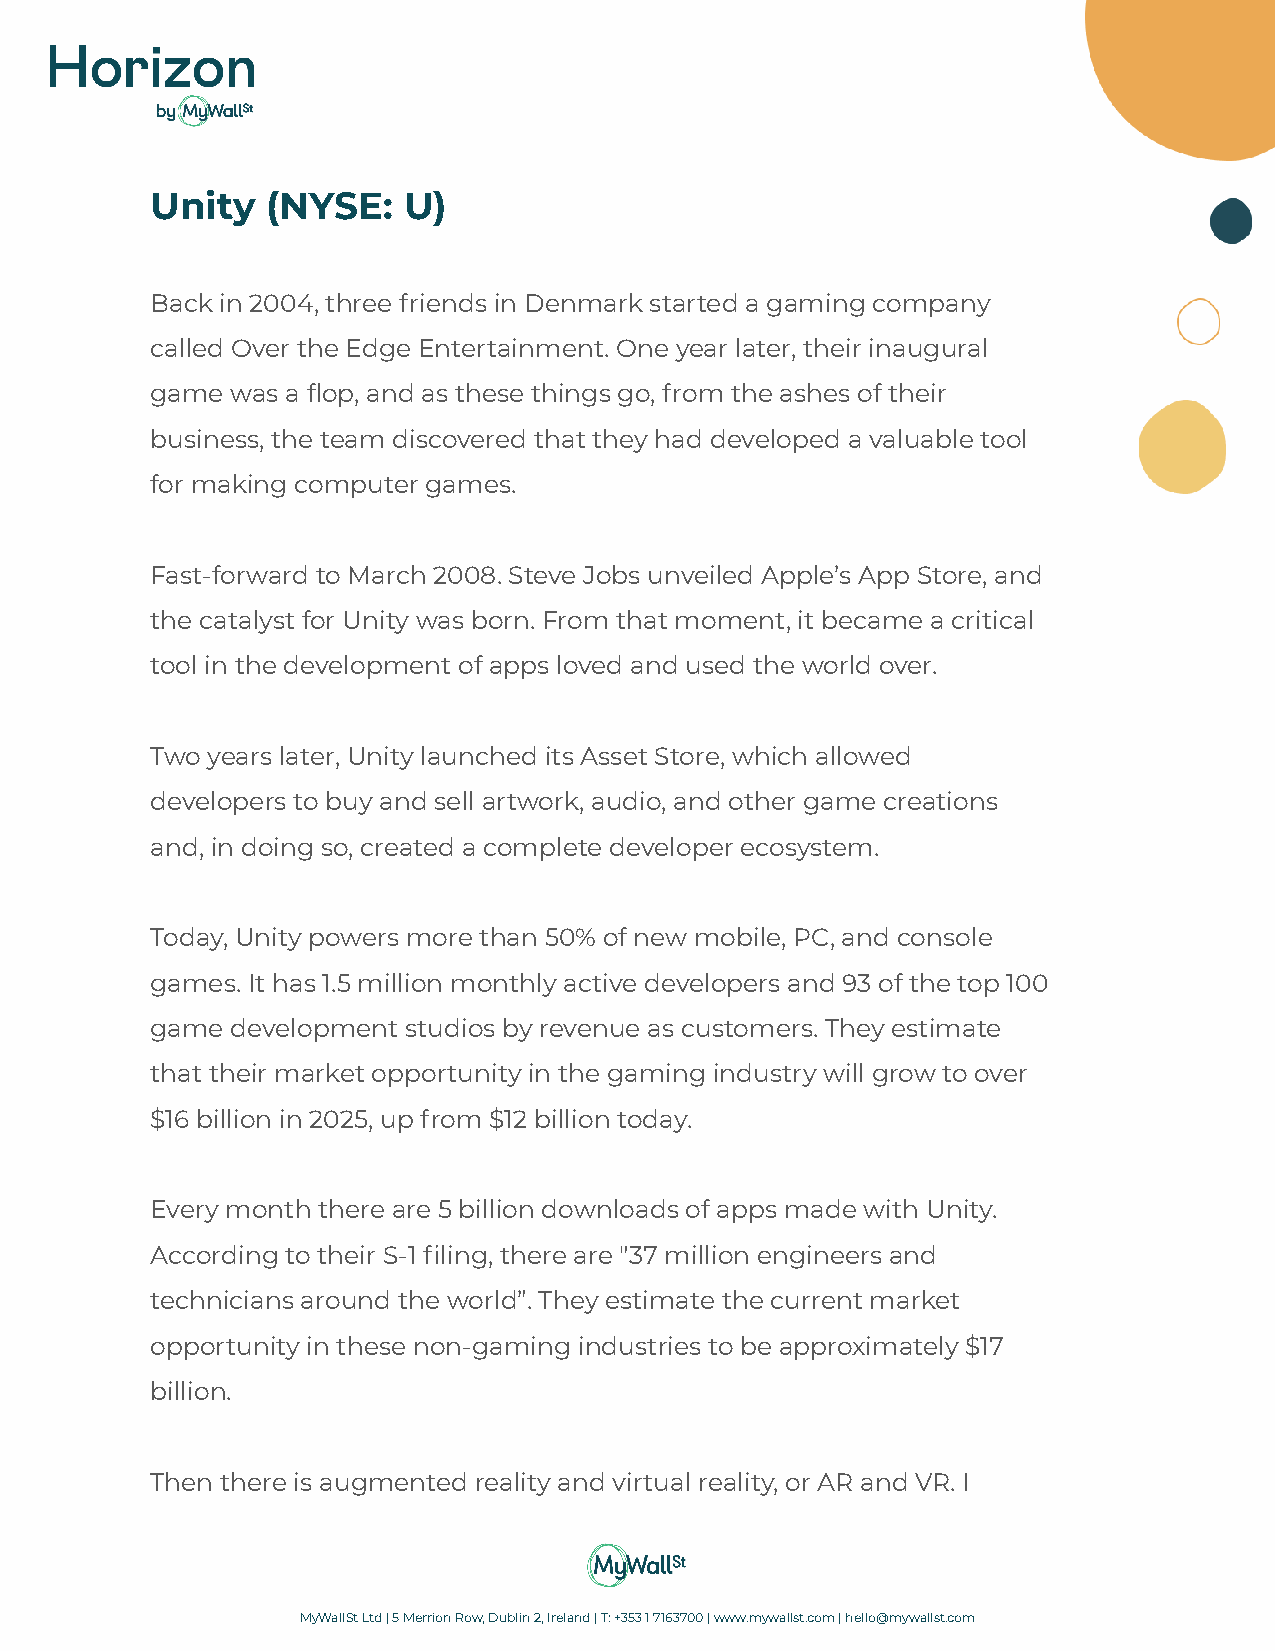
Unity   (NYSE:   U)
 Back in 2004, three friends in Denmark started a gaming company
 called Over the Edge Entertainment. One year later, their inaugural
 game was a flop, and as these things go, from the ashes of their
 business, the team discovered that they had developed a valuable tool
 for making computer games.
 Fast-forward to March 2008. Steve Jobs unveiled Apple’s App Store, and
 the catalyst for Unity was born. From that moment, it became a critical
 tool in the development of apps loved and used the world over.
 Two years later, Unity launched its Asset Store, which allowed
 developers to buy and sell artwork, audio, and other game creations
 and, in doing so, created a complete developer ecosystem.
 Today, Unity powers more than 50% of new mobile, PC, and console
 games. It has 1.5 million monthly active developers and 93 of the top 100
 game development studios by revenue as customers. They estimate
 that their market opportunity in the gaming industry will grow to over
 $16 billion in 2025, up from $12 billion today.
 Every month there are 5 billion downloads of apps made with Unity.
 According to their S-1 filing, there are "37 million engineers and
 technicians around the world”. They estimate the current market
 opportunity in these non-gaming industries to be approximately $17
 billion.
 Then there is augmented reality and virtual reality, or AR and VR. I
 MyWallSt Ltd | 5 Merrion Row, Dublin 2, Ireland |T: +353 1 7163700 |www.mywallst.com| hello@mywallst.com